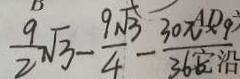
\frac { 9 } { 2 } \sqrt { 3 } - \frac { 9 \sqrt { 3 } } { 4 } - \frac { 3 0 \pi \times 9 } { 3 6 0 }